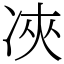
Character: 𠗉